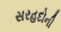
સરહદોની